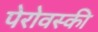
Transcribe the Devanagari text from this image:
पेरोवस्की